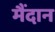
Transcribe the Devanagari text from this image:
मैंदान